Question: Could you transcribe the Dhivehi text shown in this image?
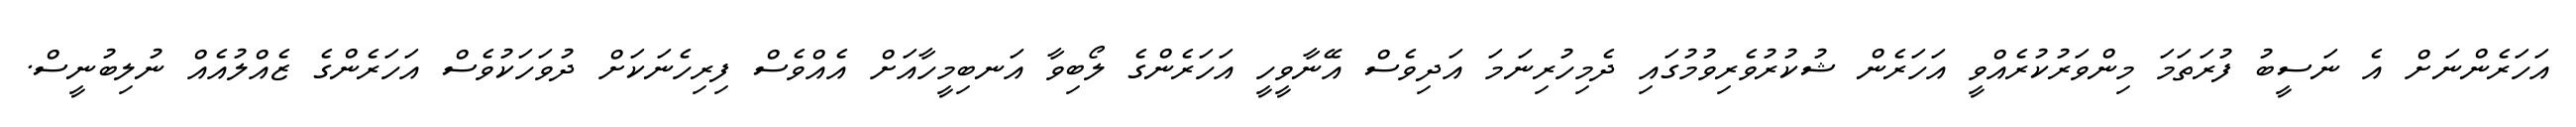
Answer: އަހަރެންނަށް އެ ނަސީބު ފުރަތަމަ މިންވަރުކުރެއްވީ އަހަރެން ޝުކުރުވެރިވުމުގައި ދެމިހުރިނަމަ އަދިވެސް އޭނާވީހީ އަހަރެންގެ ލޯބިވާ އަނބިމީހާއަށް އެއްވެސް ފިރިހެނަކަށް ދުވަހަކުވެސް އަހަރެންގެ ޒެއްލުއެއް ނުލިބުނީސް.